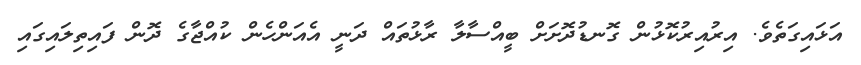
އަޅައިގަތެވެ. އިރުއިރުކޮޅުން ގޮނޑުދޮށަށް ބީއްސާލާ ރާޅުތައް ދަނީ އެއަންހެން ކުއްޖާގެ ދޮން ފައިތިލައިގައި